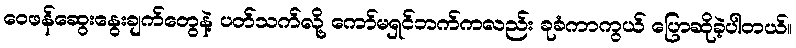
ဝေဖန်ဆွေးနွေးချက်တွေနဲ့ ပတ်သက်လို့ ကော်မရှင်ဘက်ကလည်း ခုခံကာကွယ် ပြောဆိုခဲ့ပါတယ်။